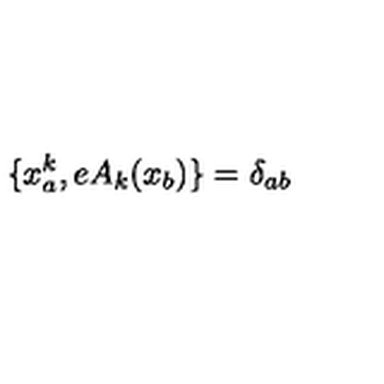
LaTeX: \{ x _ { a } ^ { k } , e A _ { k } ( x _ { b } ) \} = \delta _ { a b }